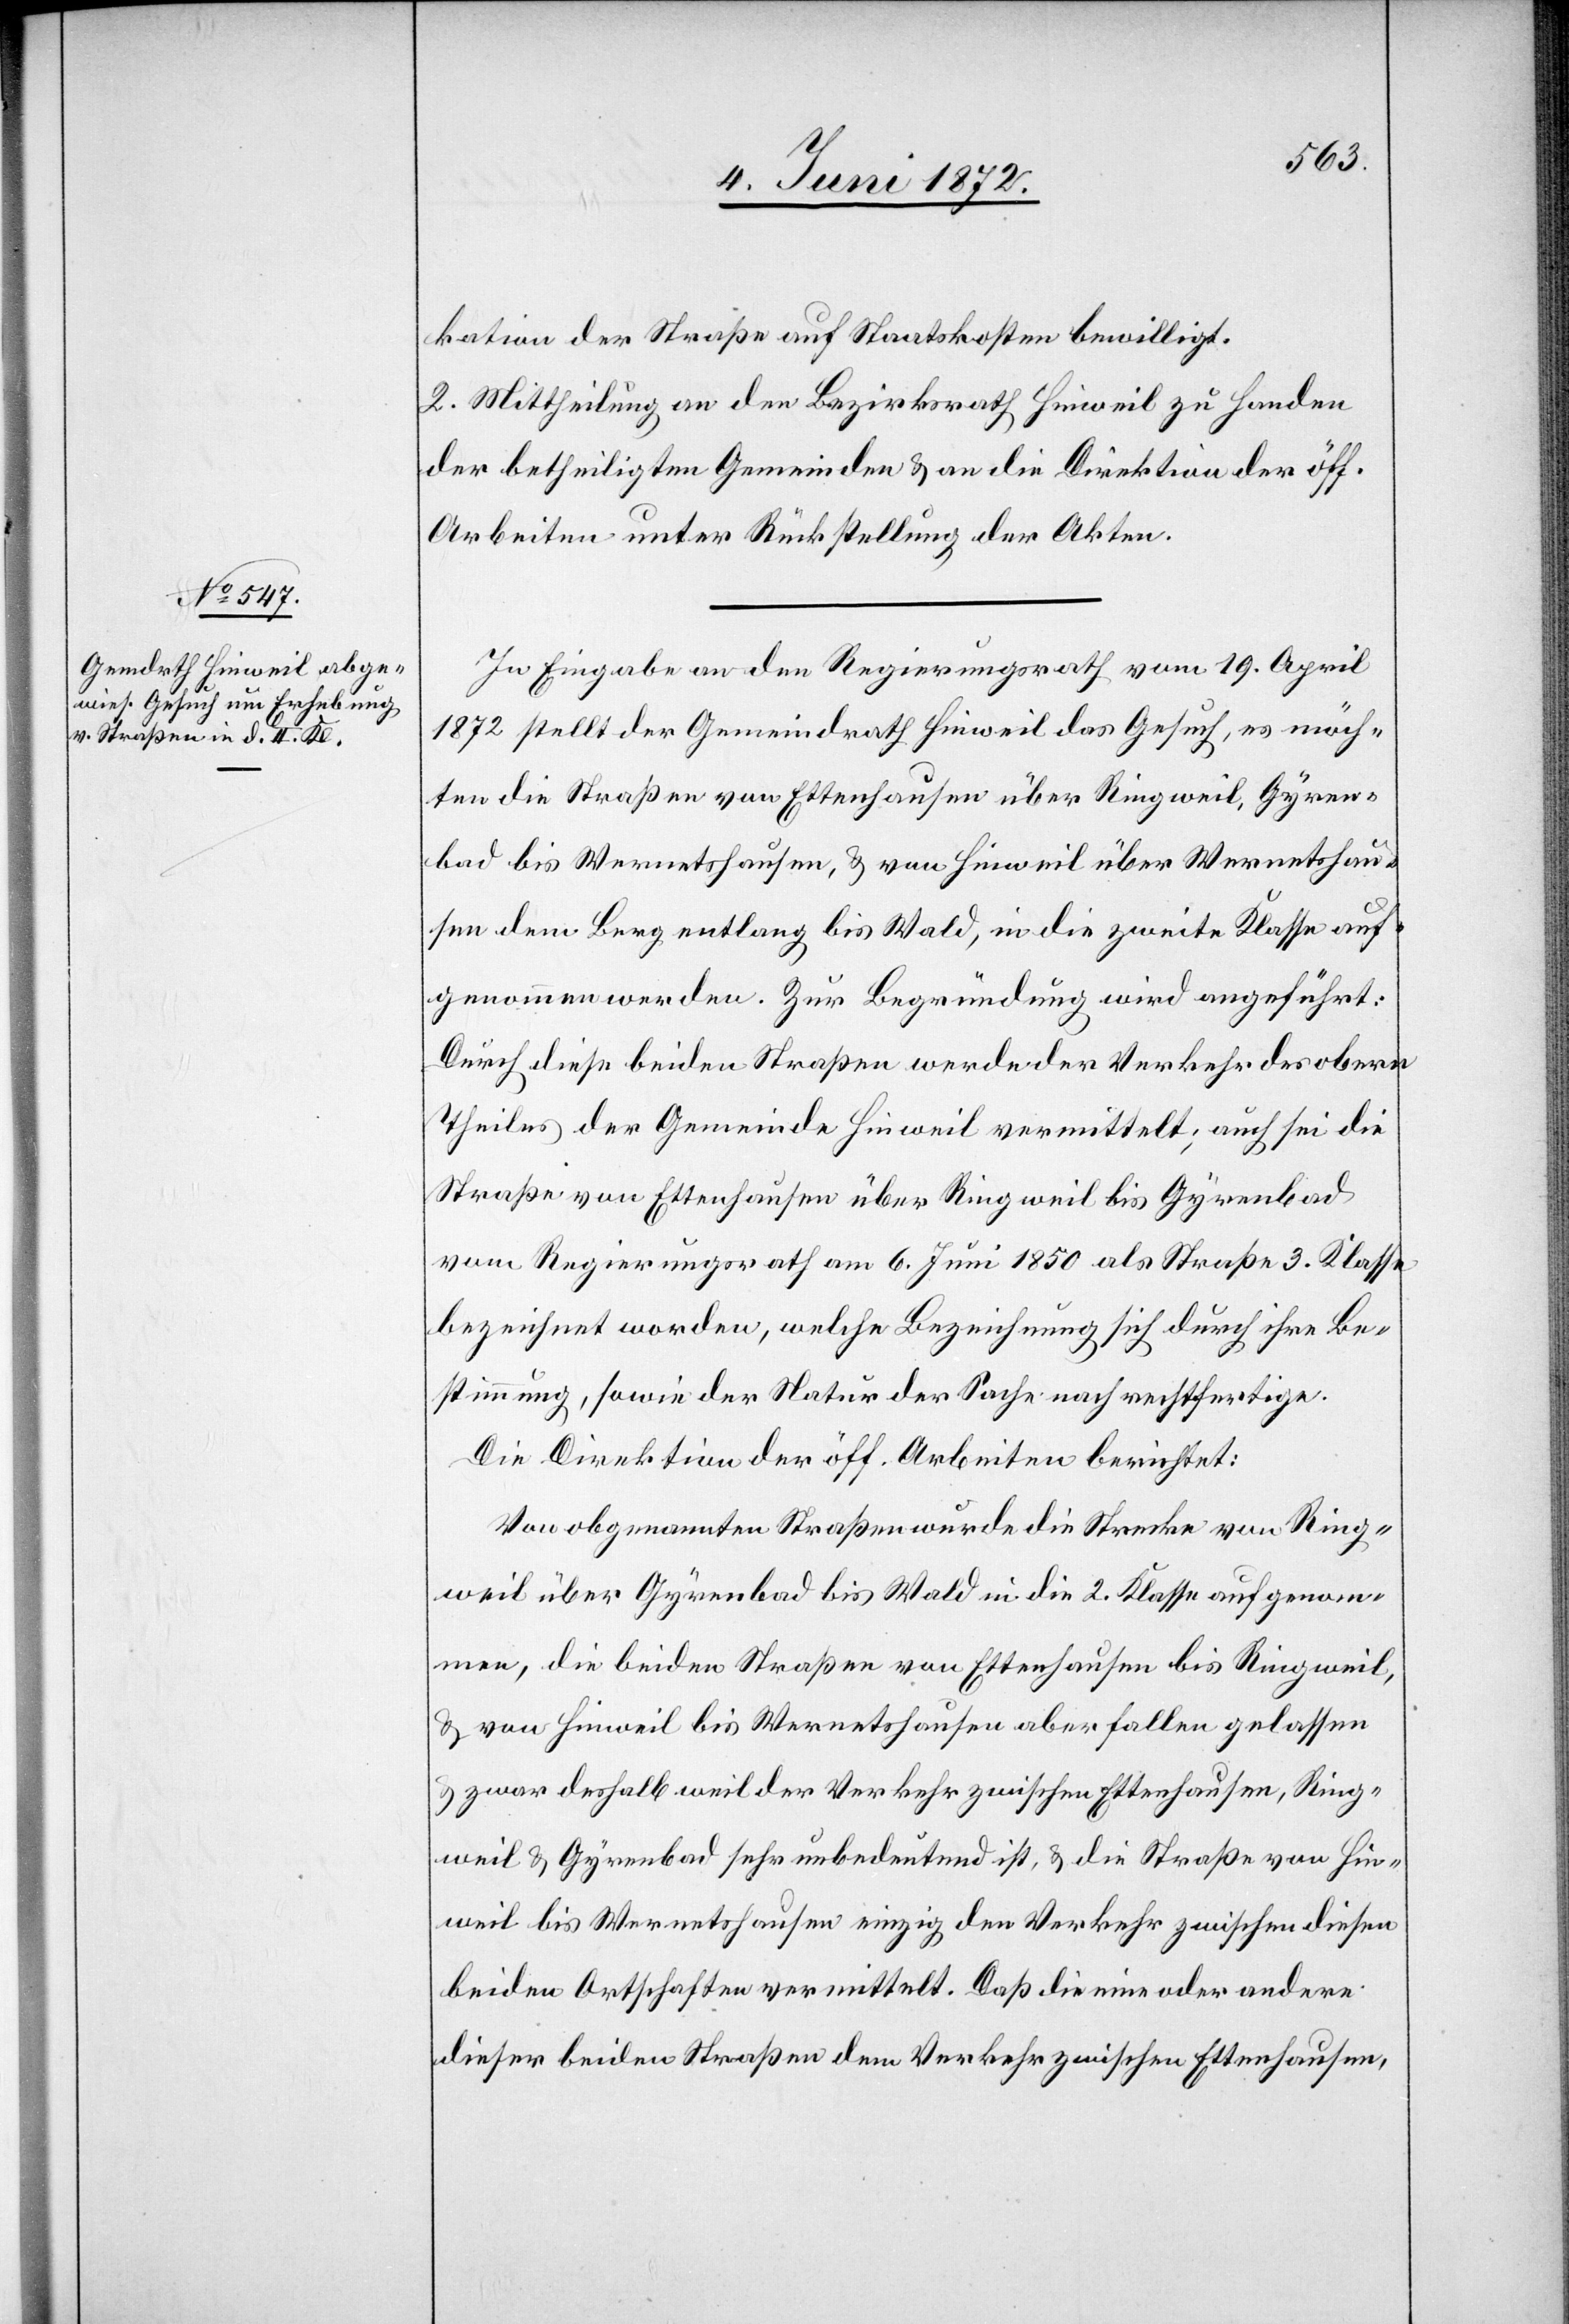
kation der Straße auf Staatskosten bewilligt.
2. Mittheilung an den Bezirksrath Hinweil zu Handen
der betheiligten Gemeinden u. an die Direktion der öff.
Arbeiten unter Rückstellung der Akten.
In Eingabe an den Regierungsrath vom 19. April
1872 stellt der Gemeindrath Hinweil das Gesuch, es möch¬
ten die Straßen von Ettenhausen über Ringweil, Gyren¬
bad bis Wernetshausen, u. von Hinweil über Wernetshau¬
sen dem Berg entlang bis Wald, in die zweite Klasse auf¬
genommen werden. Zur Begründung wird angeführt:
Durch diese beiden Straßen werde der Verkehr des obern
Theiles der Gemeinde Hinweil vermittelt; auch sei die
Straße von Ettenhausen über Ringweil bis Gyrenbad
vom Regierungsrath am 6. Juni 1850 als Straße 3. Klasse
bezeichnet worden, welche Bezeichnung sich durch ihre Be¬
stimmung, sowie der Natur der Sache nach rechtfertige.
Die Direktion der öff. Arbeiten berichtet:
Von obgenannten Straßen wurde die Strecke von Ring¬
weil über Gyrenbad bis Wald in die 2. Klasse aufgenom¬
men, die beiden Straßen von Ettenhausen bis Ringweil,
u. von Hinweil bis Wernetshausen aber fallen gelassen
u. zwar deshalb weil der Verkehr zwischen Ettenhausen, Ring¬
weil u. Gyrenbad sehr unbedeutend ist, u. die Straße von Hin¬
weil bis Wernetshausen einzig den Verkehr zwischen diesen
beiden Ortschaften vermittelt. Daß die eine oder andere
dieser beiden Straßen dem Verkehr zwischen Ettenhausen,